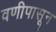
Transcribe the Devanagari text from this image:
वणीपासून